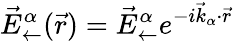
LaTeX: \vec{E}_{\leftarrow}^{\alpha}(\vec{r})=\vec{E}_{\leftarrow}^{\alpha}e^{-i\vec{k}_{\alpha}\cdot\vec{r}}